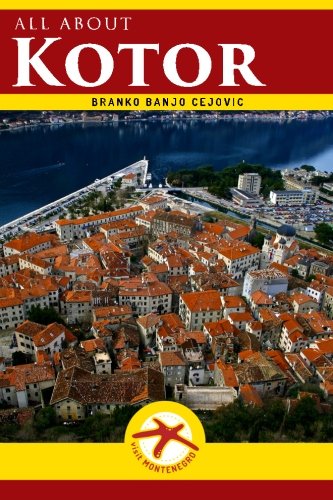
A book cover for all about KOTOR: Kotor City Guide (Visit Montenegro) (Volume 1); Branko BanjO Cejovic; Travel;